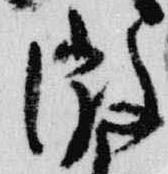
微